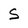
Character: S